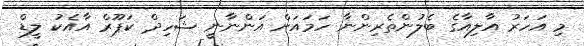
މި އަަހަރު އާލިއާގެ ބެލުންތެރިންނާ ހަމައަށް އަންނާނީ ޝަހިދް ކަޕޫރް އާއެކު ލީޑް